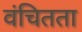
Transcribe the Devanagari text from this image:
वंचितता